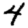
Digit: 4